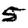
Digit: 5